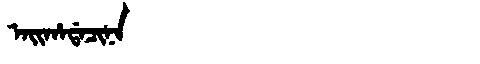
Manchu: ᠠᡳᡥᠠᡩᠠᠴᡳᠨᠠ
Romanization: AIHADACINA